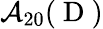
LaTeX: \mathcal{A}_{20}(\mathrm{~D~})